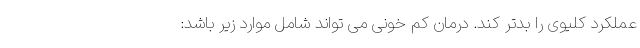
عملکرد کلیوی را بدتر کند. درمان کم خونی می تواند شامل موارد زیر باشد: